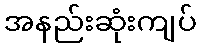
အနည်းဆုံးကျပ်